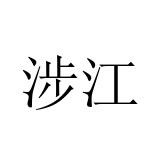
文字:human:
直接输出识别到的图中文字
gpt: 涉江